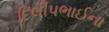
દિલીપભાઈના